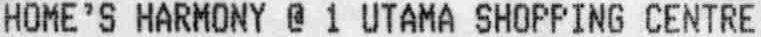
HOME'S HARMONY @ 1 UTAMA SHOPPING CENTRE